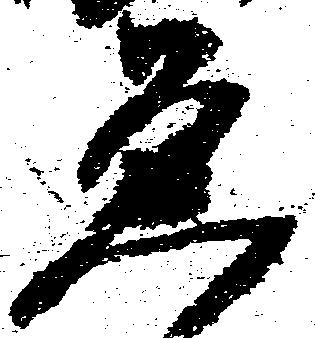
ゑ